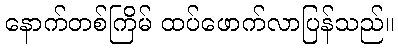
နောက်တစ်ကြိမ် ထပ်ဖောက်လာပြန်သည်။